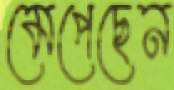
মেপেছেন